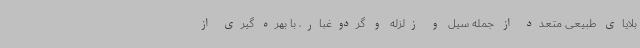
بلایای طبیعی متعدد از جمله سیل و زلزله و گردوغبار، با بهره گیری از